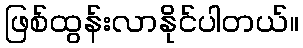
ဖြစ်ထွန်းလာနိုင်ပါတယ်။